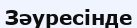
Зәуресінде